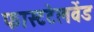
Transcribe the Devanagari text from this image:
फास्टटेलवेंड